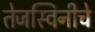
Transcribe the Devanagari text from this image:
तेजस्विनीचे